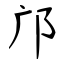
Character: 邝